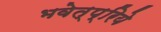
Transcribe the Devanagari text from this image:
भवेत्प्रिये